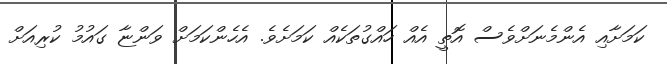
ކަމަށާއި އެންމެނަށްވެސް އޮތީ އެއް ހައްގުތަކެއް ކަމަށެވެ. އެހެންކަމަށް ވަންޏާ ގައުމު ކުރިއަށް